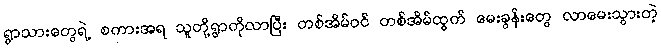
ရွာသားတွေရဲ့ စကားအရ သူတို့ရွာကိုလာပြီး တစ်အိမ်ဝင် တစ်အိမ်ထွက် မေးခွန်းတွေ လာမေးသွားတဲ့